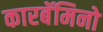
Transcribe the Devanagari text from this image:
कारबॅमिनो